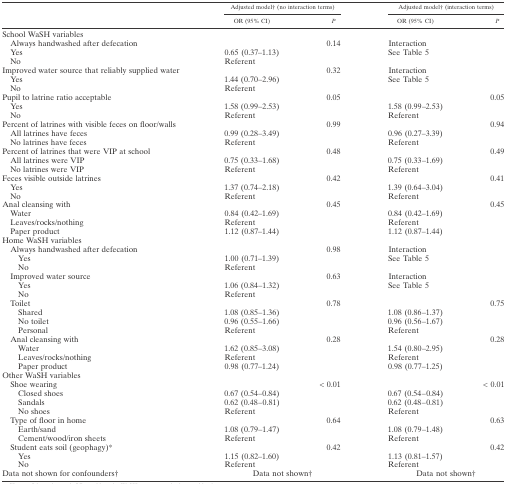
<table><thead><tr><td rowspan="2">[EMPTY_CELL]</td><td colspan="2"><b>Adjusted model† (no interaction terms)</b></td><td colspan="2"><b>Adjusted model† (interaction terms)</b></td></tr><tr><td><b>OR (95% CI)</b></td><td><b><i>P</i></b></td><td><b>OR (95% CI)</b></td><td><b><i>P</i></b></td></tr></thead><tbody><tr><td colspan="5">School WaSH variables</td></tr><tr><td> Always handwashed after defecation</td><td>[EMPTY_CELL]</td><td>0.14</td><td>Interaction</td><td>[EMPTY_CELL]</td></tr><tr><td> Yes</td><td>0.65 (0.37–1.13)</td><td>[EMPTY_CELL]</td><td>See Table 5</td><td>[EMPTY_CELL]</td></tr><tr><td> No</td><td>Referent</td><td>[EMPTY_CELL]</td><td>[EMPTY_CELL]</td><td>[EMPTY_CELL]</td></tr><tr><td colspan="2">Improved water source that reliably supplied water</td><td>0.32</td><td>Interaction</td><td>[EMPTY_CELL]</td></tr><tr><td> Yes</td><td>1.44 (0.70–2.96)</td><td>[EMPTY_CELL]</td><td>See Table 5</td><td>[EMPTY_CELL]</td></tr><tr><td> No</td><td>Referent</td><td>[EMPTY_CELL]</td><td>[EMPTY_CELL]</td><td>[EMPTY_CELL]</td></tr><tr><td colspan="2">Pupil to latrine ratio acceptable</td><td>0.05</td><td>[EMPTY_CELL]</td><td>0.05</td></tr><tr><td> Yes</td><td>1.58 (0.99–2.53)</td><td>[EMPTY_CELL]</td><td>1.58 (0.99–2.53)</td><td>[EMPTY_CELL]</td></tr><tr><td> No</td><td>Referent</td><td>[EMPTY_CELL]</td><td>Referent</td><td>[EMPTY_CELL]</td></tr><tr><td colspan="2">Percent of latrines with visible feces on floor/walls</td><td>0.99</td><td>[EMPTY_CELL]</td><td>0.94</td></tr><tr><td> All latrines have feces</td><td>0.99 (0.28–3.49)</td><td>[EMPTY_CELL]</td><td>0.96 (0.27–3.39)</td><td>[EMPTY_CELL]</td></tr><tr><td> No latrines have feces</td><td>Referent</td><td>[EMPTY_CELL]</td><td>Referent</td><td>[EMPTY_CELL]</td></tr><tr><td colspan="2">Percent of latrines that were VIP at school</td><td>0.48</td><td>[EMPTY_CELL]</td><td>0.49</td></tr><tr><td> All latrines were VIP</td><td>0.75 (0.33–1.68)</td><td>[EMPTY_CELL]</td><td>0.75 (0.33–1.69)</td><td>[EMPTY_CELL]</td></tr><tr><td> No latrines were VIP</td><td>Referent</td><td>[EMPTY_CELL]</td><td>Referent</td><td>[EMPTY_CELL]</td></tr><tr><td colspan="2">Feces visible outside latrines</td><td>0.42</td><td>[EMPTY_CELL]</td><td>0.41</td></tr><tr><td> Yes</td><td>1.37 (0.74–2.18)</td><td>[EMPTY_CELL]</td><td>1.39 (0.64–3.04)</td><td>[EMPTY_CELL]</td></tr><tr><td> No</td><td>Referent</td><td>[EMPTY_CELL]</td><td>Referent</td><td>[EMPTY_CELL]</td></tr><tr><td colspan="2">Anal cleansing with</td><td>0.45</td><td>[EMPTY_CELL]</td><td>0.45</td></tr><tr><td> Water</td><td>0.84 (0.42–1.69)</td><td>[EMPTY_CELL]</td><td>0.84 (0.42–1.69)</td><td>[EMPTY_CELL]</td></tr><tr><td> Leaves/rocks/nothing</td><td>Referent</td><td>[EMPTY_CELL]</td><td>Referent</td><td>[EMPTY_CELL]</td></tr><tr><td> Paper product</td><td>1.12 (0.87–1.44)</td><td>[EMPTY_CELL]</td><td>1.12 (0.87–1.44)</td><td>[EMPTY_CELL]</td></tr><tr><td colspan="5">Home WaSH variables</td></tr><tr><td colspan="2"> Always handwashed after defecation</td><td>0.98</td><td>Interaction</td><td>[EMPTY_CELL]</td></tr><tr><td>Yes</td><td>1.00 (0.71–1.39)</td><td>[EMPTY_CELL]</td><td>See Table 5</td><td>[EMPTY_CELL]</td></tr><tr><td>No</td><td>Referent</td><td>[EMPTY_CELL]</td><td>[EMPTY_CELL]</td><td>[EMPTY_CELL]</td></tr><tr><td colspan="2"> Improved water source</td><td>0.63</td><td>Interaction</td><td>[EMPTY_CELL]</td></tr><tr><td>Yes</td><td>1.06 (0.84–1.32)</td><td>[EMPTY_CELL]</td><td>See Table 5</td><td>[EMPTY_CELL]</td></tr><tr><td>No</td><td>Referent</td><td>[EMPTY_CELL]</td><td>[EMPTY_CELL]</td><td>[EMPTY_CELL]</td></tr><tr><td colspan="2"> Toilet</td><td>0.78</td><td>[EMPTY_CELL]</td><td>0.75</td></tr><tr><td>Shared</td><td>1.08 (0.85–1.36)</td><td>[EMPTY_CELL]</td><td>1.08 (0.86–1.37)</td><td>[EMPTY_CELL]</td></tr><tr><td>No toilet</td><td>0.96 (0.55–1.66)</td><td>[EMPTY_CELL]</td><td>0.96 (0.56–1.67)</td><td>[EMPTY_CELL]</td></tr><tr><td>Personal</td><td>Referent</td><td>[EMPTY_CELL]</td><td>Referent</td><td>[EMPTY_CELL]</td></tr><tr><td colspan="2"> Anal cleansing with</td><td>0.28</td><td>[EMPTY_CELL]</td><td>0.28</td></tr><tr><td>Water</td><td>1.62 (0.85–3.08)</td><td>[EMPTY_CELL]</td><td>1.54 (0.80–2.95)</td><td>[EMPTY_CELL]</td></tr><tr><td>Leaves/rocks/nothing</td><td>Referent</td><td>[EMPTY_CELL]</td><td>Referent</td><td>[EMPTY_CELL]</td></tr><tr><td>Paper product</td><td>0.98 (0.77–1.24)</td><td>[EMPTY_CELL]</td><td>0.98 (0.77–1.25)</td><td>[EMPTY_CELL]</td></tr><tr><td colspan="5">Other WaSH variables</td></tr><tr><td colspan="2"> Shoe wearing</td><td>&lt; 0.01</td><td>[EMPTY_CELL]</td><td>&lt; 0.01</td></tr><tr><td>Closed shoes</td><td>0.67 (0.54–0.84)</td><td>[EMPTY_CELL]</td><td>0.67 (0.54–0.84)</td><td>[EMPTY_CELL]</td></tr><tr><td>Sandals</td><td>0.62 (0.48–0.81)</td><td>[EMPTY_CELL]</td><td>0.62 (0.48–0.81)</td><td>[EMPTY_CELL]</td></tr><tr><td>No shoes</td><td>Referent</td><td>[EMPTY_CELL]</td><td>Referent</td><td>[EMPTY_CELL]</td></tr><tr><td colspan="2"> Type of floor in home</td><td>0.64</td><td>[EMPTY_CELL]</td><td>0.63</td></tr><tr><td>Earth/sand</td><td>1.08 (0.79–1.47)</td><td>[EMPTY_CELL]</td><td>1.08 (0.79–1.48)</td><td>[EMPTY_CELL]</td></tr><tr><td>Cement/wood/iron sheets</td><td>Referent</td><td>[EMPTY_CELL]</td><td>Referent</td><td>[EMPTY_CELL]</td></tr><tr><td colspan="2"> Student eats soil (geophagy)*</td><td>0.42</td><td>[EMPTY_CELL]</td><td>0.42</td></tr><tr><td>Yes</td><td>1.15 (0.82–1.60)</td><td>[EMPTY_CELL]</td><td>1.13 (0.81–1.57)</td><td>[EMPTY_CELL]</td></tr><tr><td>No</td><td>Referent</td><td>[EMPTY_CELL]</td><td>Referent</td><td>[EMPTY_CELL]</td></tr><tr><td>Data not shown for confounders†</td><td colspan="2">Data not shown†</td><td colspan="2">Data not shown†</td></tr></tbody></table>